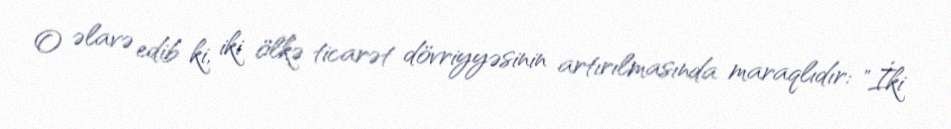
O əlavə edib ki, iki ölkə ticarət dövriyyəsinin artırılmasında maraqlıdır: "İki